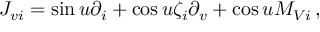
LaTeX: J _ { v i } = \sin u \partial _ { i } + \cos u \zeta _ { i } \partial _ { v } + \cos u M _ { V i } \, ,